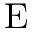
\mathrm { E }